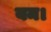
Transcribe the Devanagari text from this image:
यम।